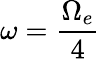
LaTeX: \omega=\frac{\Omega_{e}}{4}